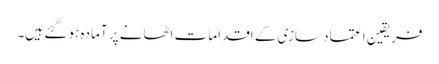
فریقین اعتماد سازی کے اقدامات اٹھانے پر آمادہ ہو گئے ہیں۔